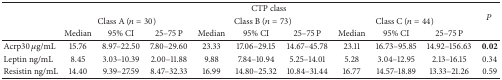
<table><thead><tr><td><b> </b></td><td colspan="9"><b>CTP class</b></td><td><b><i>P</i></b></td></tr><tr><td><b> </b></td><td colspan="3"><b>Class A (<i>n</i> = 30)</b></td><td colspan="3"><b>Class B (<i>n</i> = 73)</b></td><td colspan="3"><b>Class C (<i>n</i> = 44)</b></td></tr><tr><td><b> </b></td><td><b>Median </b></td><td><b>95% CI</b></td><td><b>25–75 P</b></td><td><b>Median </b></td><td><b>95% CI</b></td><td><b>25–75 P</b></td><td><b>Median </b></td><td><b>95% CI</b></td><td><b>25–75 P</b></td></tr></thead><tbody><tr><td>Acrp30 <i>μ</i>g/mL</td><td>15.76</td><td>8.97–22.50</td><td>7.80–29.60</td><td>23.33</td><td>17.06–29.15</td><td>14.67–45.78</td><td>23.11</td><td>16.73–95.85</td><td>14.92–156.63</td><td><b>0.02</b></td></tr><tr><td>Leptin ng/mL</td><td>8.45</td><td>3.03–10.39</td><td>2.00–11.88</td><td>9.88</td><td>7.84–10.94</td><td>5.25–14.01</td><td>5.28</td><td>3.04–12.95</td><td>2.13–16.15</td><td>0.34</td></tr><tr><td>Resistin ng/mL</td><td>14.40</td><td>9.39–27.59</td><td>8.47–32.33</td><td>16.99</td><td>14.80–25.32</td><td>10.84–31.44</td><td>16.77</td><td>14.57–18.89</td><td>13.33–21.26</td><td>0.59</td></tr></tbody></table>